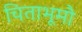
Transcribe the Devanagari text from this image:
चिताभूमौ